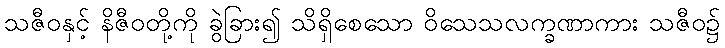
သဇီဝနှင့် နိဇီဝတို့ကို ခွဲခြား၍ သိရှိစေသော ဝိသေသလက္ခဏာကား သဇီဝ၌